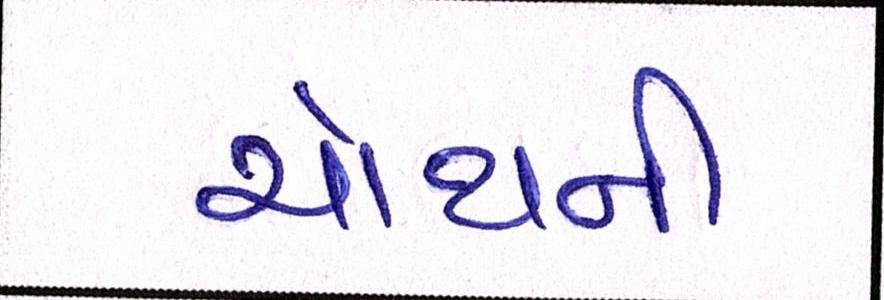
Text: ચોથની